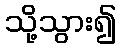
သို့သွား၍